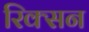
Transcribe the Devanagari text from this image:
रिक्सन